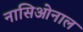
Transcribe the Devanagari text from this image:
नासिओनाल